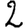
Digit: 2